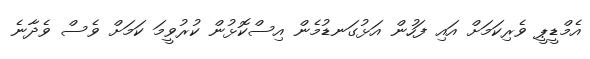
އެމްޑީޕީ ވެރިކަމަށް އައި ފަހުން އަޅުގަނޑުމެން އިސްކޮޅުން ކުރުވީމަ ކަމަށް ވެސް ވެދާނެ